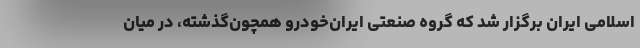
اسلامی ایران برگزار شد که گروه صنعتی ایران‌خودرو همچون‌گذشته، در میان